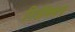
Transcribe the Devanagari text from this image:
रिअॅक्शन